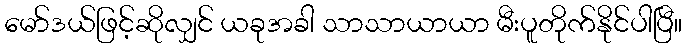
မော်ဒယ်ဖြင့်ဆိုလျှင် ယခုအခါ သာသာယာယာ မီးပူတိုက်နိုင်ပါပြီ။